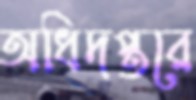
অধিদপ্তরে